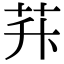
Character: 𦭊